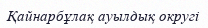
Қайнарбұлақ ауылдық округі